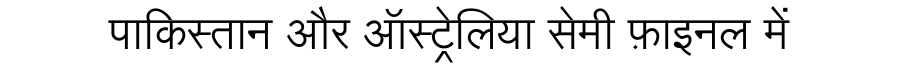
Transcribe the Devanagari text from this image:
पाकिस्तान और ऑस्ट्रेलिया सेमी फ़ाइनल में